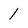
Character: 1